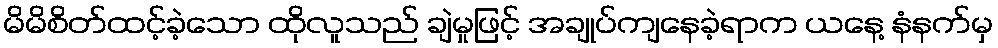
မိမိစိတ်ထင့်ခဲ့သော ထိုလူသည် ချဲမှုဖြင့် အချုပ်ကျနေခဲ့ရာက ယနေ့ နံနက်မှ